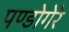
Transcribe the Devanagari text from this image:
पण्डोगेरे